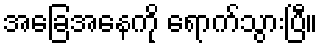
အခြေအနေကို ရောက်သွားပြီ။